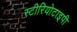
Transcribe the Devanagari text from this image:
स्‍टीरियोटाइपी